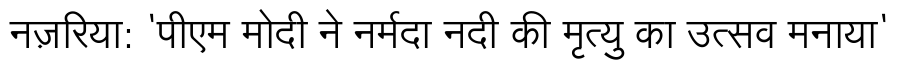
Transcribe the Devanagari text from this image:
नज़रिया: 'पीएम मोदी ने नर्मदा नदी की मृत्यु का उत्सव मनाया'